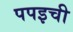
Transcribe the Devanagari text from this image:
पपइची